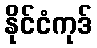
နိုင်ငံကုဒ်